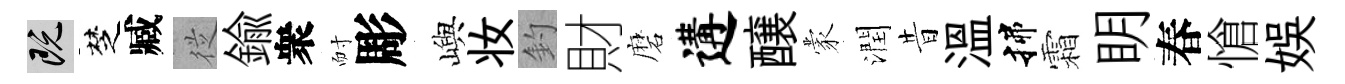
既椘臧従鍮衆耐彫嶼妆釣財磨遘醸蒙潤昔溫揲霜眀春愴娱